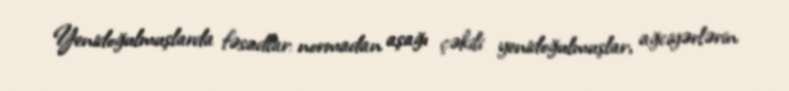
Yenidoğulmuşlarda fəsadlar: normadan aşağı çəkili yenidoğulmuşlar, ağciyərlərin